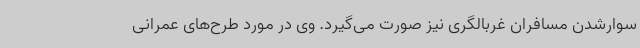
سوارشدن مسافران غربالگری نیز صورت می‌گیرد. وی در مورد طرح‌های عمرانی